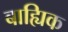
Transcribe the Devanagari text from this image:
बाह्यिक